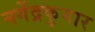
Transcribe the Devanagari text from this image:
नगेंद्रकुमार